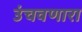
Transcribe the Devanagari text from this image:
उंचवणारा